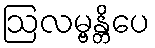
ဩလမ္ဗန္တိပေ